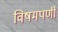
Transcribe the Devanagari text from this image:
विषमपर्णी